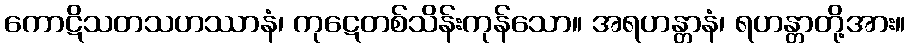
ကောဋိသတသဟဿာနံ၊ ကုဋေတစ်သိန်းကုန်သော။ အရဟန္တာနံ၊ ရဟန္တာတို့အား။